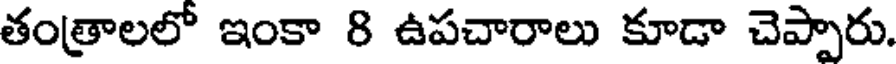
తంత్రాలలో ఇంకా 8 ఉపచారాలు కూడా చెప్పారు.